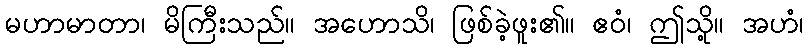
မဟာမာတာ၊ မိကြီးသည်။ အဟောသိ၊ ဖြစ်ခဲ့ဖူး၏။ ဧဝံ၊ ဤသို့။ အဟံ၊